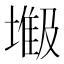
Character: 𫮥